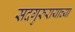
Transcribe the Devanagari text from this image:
सदगुरुरायाच्या